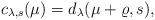
LaTeX: \begin{align*}c_{\lambda,s}(\mu)=d_\lambda(\mu+\varrho,s),\end{align*}